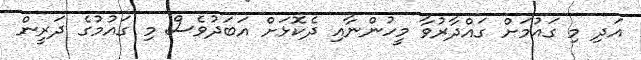
އަދި މި ގައުމަށް ގައްދާރުވާ މީހުންނާއި ދެކޮޅަށް އަބަދުވެސް މި ގައުމުގެ ދަރީން